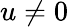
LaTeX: u\ne 0